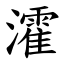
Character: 瀖